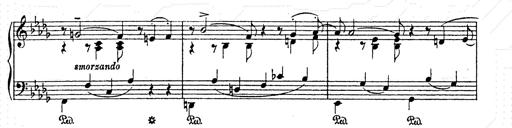
Title: AnnÃ©es de pÃ¨lerinage II
Composer: Franz Liszt